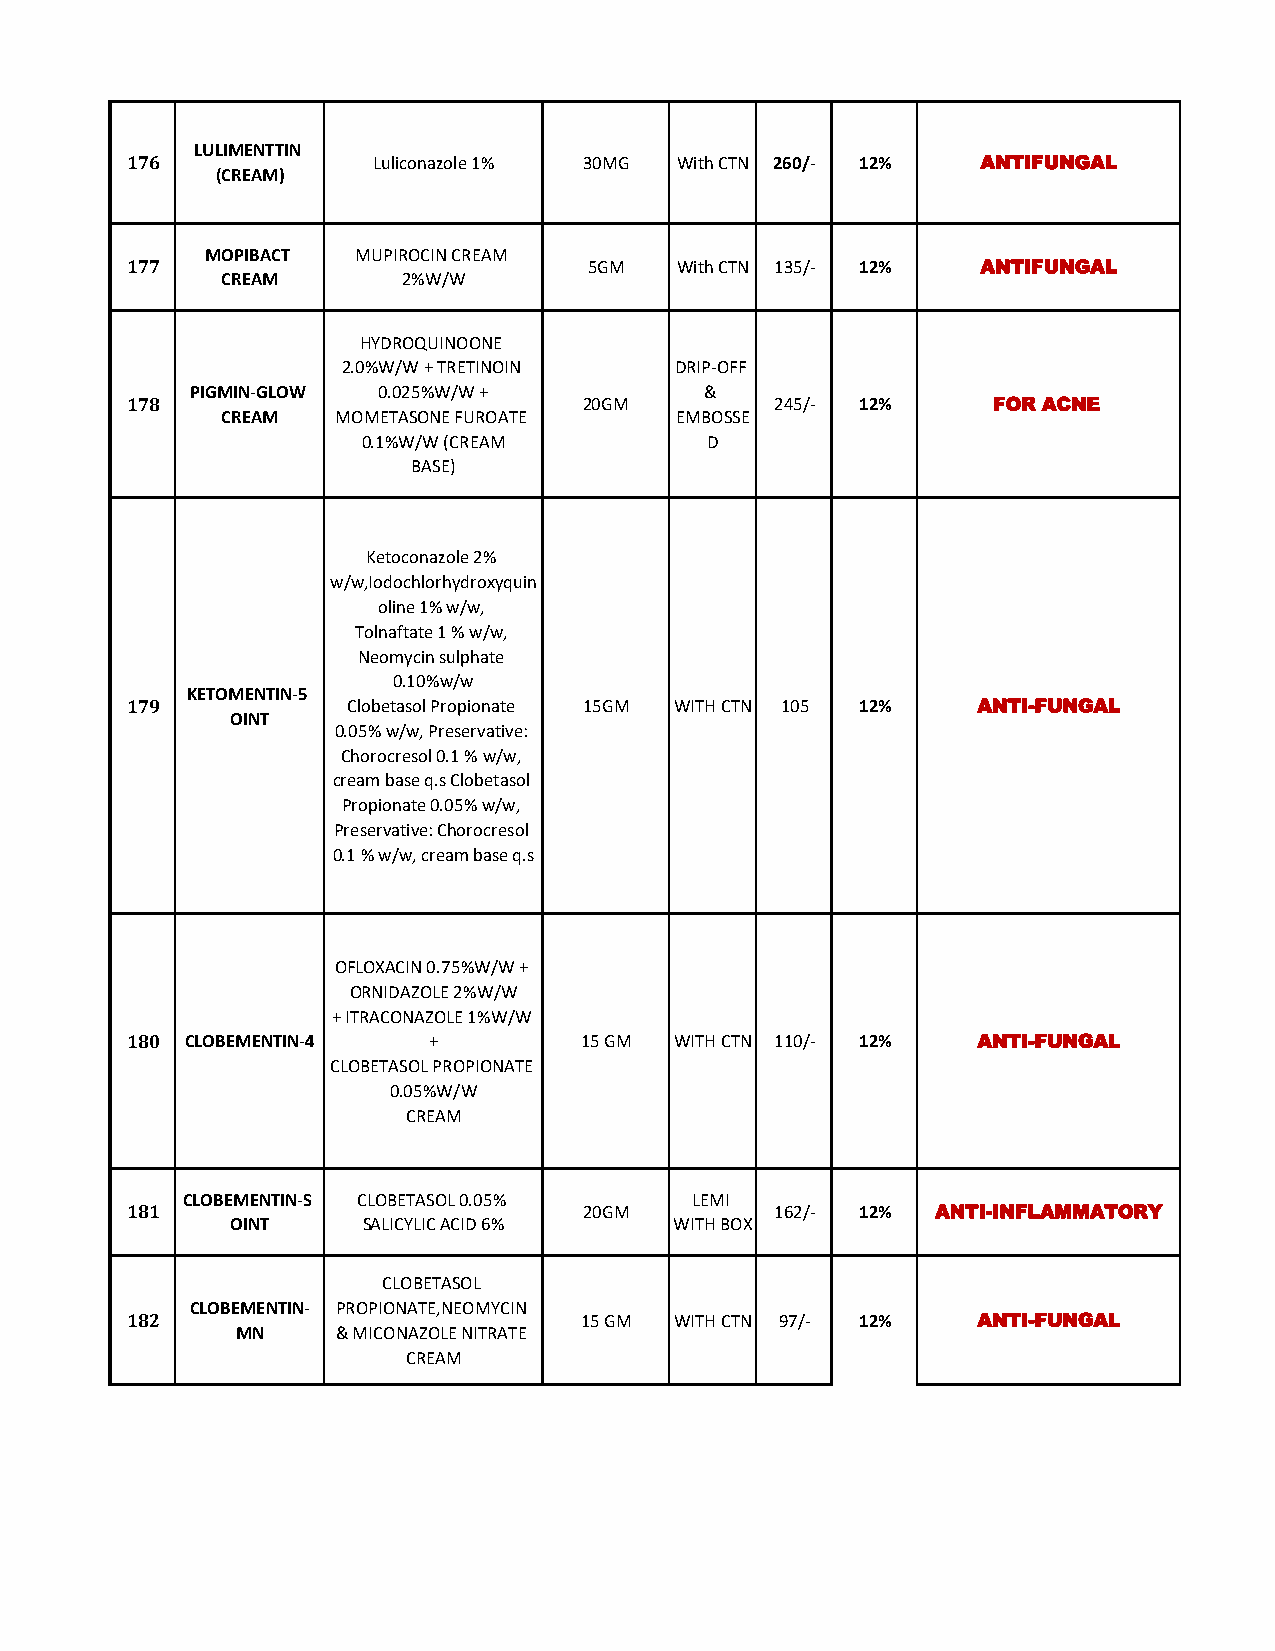
LULIMENTTIN
 176              Luliconazole 1% 30MG With CTN 260/- 12% ANTIFUNGAL
 (CREAM)
 MOPIBACT  MUPIROCIN CREAM
 177                            5GM   With CTN 135/- 12%  ANTIFUNGAL
 CREAM       2%W/W
 HYDROQUINOONE
 2.0%W/W + TRETINOIN   DRIP-OFF
 PIGMIN-GLOW 0.025%W/W +           &
 178                            20GM        245/- 12%      FOR ACNE
 CREAM  MOMETASONE FUROATE     EMBOSSE
 0.1%W/W (CREAM         D
 BASE)
 Ketoconazole 2%
 w/w,Iodochlorhydroxyquin
 oline 1% w/w,
 Tolnaftate 1 % w/w,
 Neomycin sulphate
 0.10%w/w
 KETOMENTIN-5
 179            Clobetasol Propionate 15GM WITH CTN 105 12% ANTI-FUNGAL
 OINT
 0.05% w/w, Preservative:
 Chorocresol 0.1 % w/w,
 cream base q.s Clobetasol
 Propionate 0.05% w/w,
 Preservative: Chorocresol
 0.1 % w/w, cream base q.s
 OFLOXACIN 0.75%W/W +
 ORNIDAZOLE 2%W/W
 + ITRACONAZOLE 1%W/W
 180 CLOBEMENTIN-4   +         15 GM  WITH CTN 110/- 12%  ANTI-FUNGAL
 CLOBETASOL PROPIONATE
 0.05%W/W
 CREAM
 CLOBEMENTIN-S CLOBETASOL 0.05%    LEMI
 181                            20GM        162/- 12%  ANTI-INFLAMMATORY
 OINT     SALICYLIC ACID 6%    WITH BOX
 CLOBETASOL
 CLOBEMENTIN- PROPIONATE,NEOMYCIN
 182                           15 GM  WITH CTN 97/- 12%   ANTI-FUNGAL
 MN    & MICONAZOLE NITRATE
 CREAM